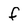
Character: f